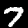
Label: 7